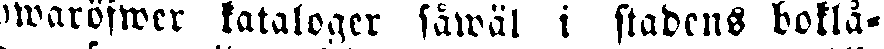
hwaröfwer kataloger såwäl i stadens boklå-